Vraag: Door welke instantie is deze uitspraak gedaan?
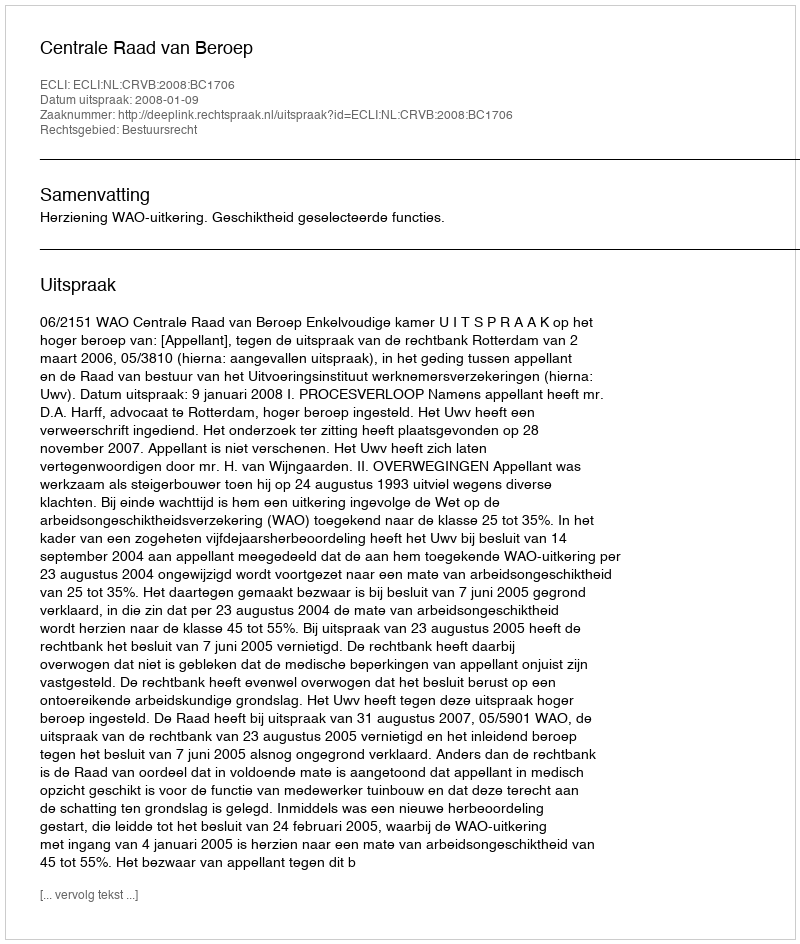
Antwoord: Centrale Raad van Beroep